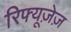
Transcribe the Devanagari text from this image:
रिफ्यूज़ेज़